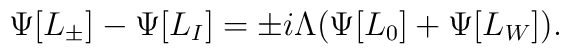
\Psi[L_\pm] -\Psi[L_I] =\pm i \Lambda (  \Psi[L_0] +\Psi[L_W] ).